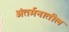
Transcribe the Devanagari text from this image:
अंतर्मनातील